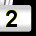
Digit: 2